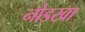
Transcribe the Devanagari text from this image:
नोडखा